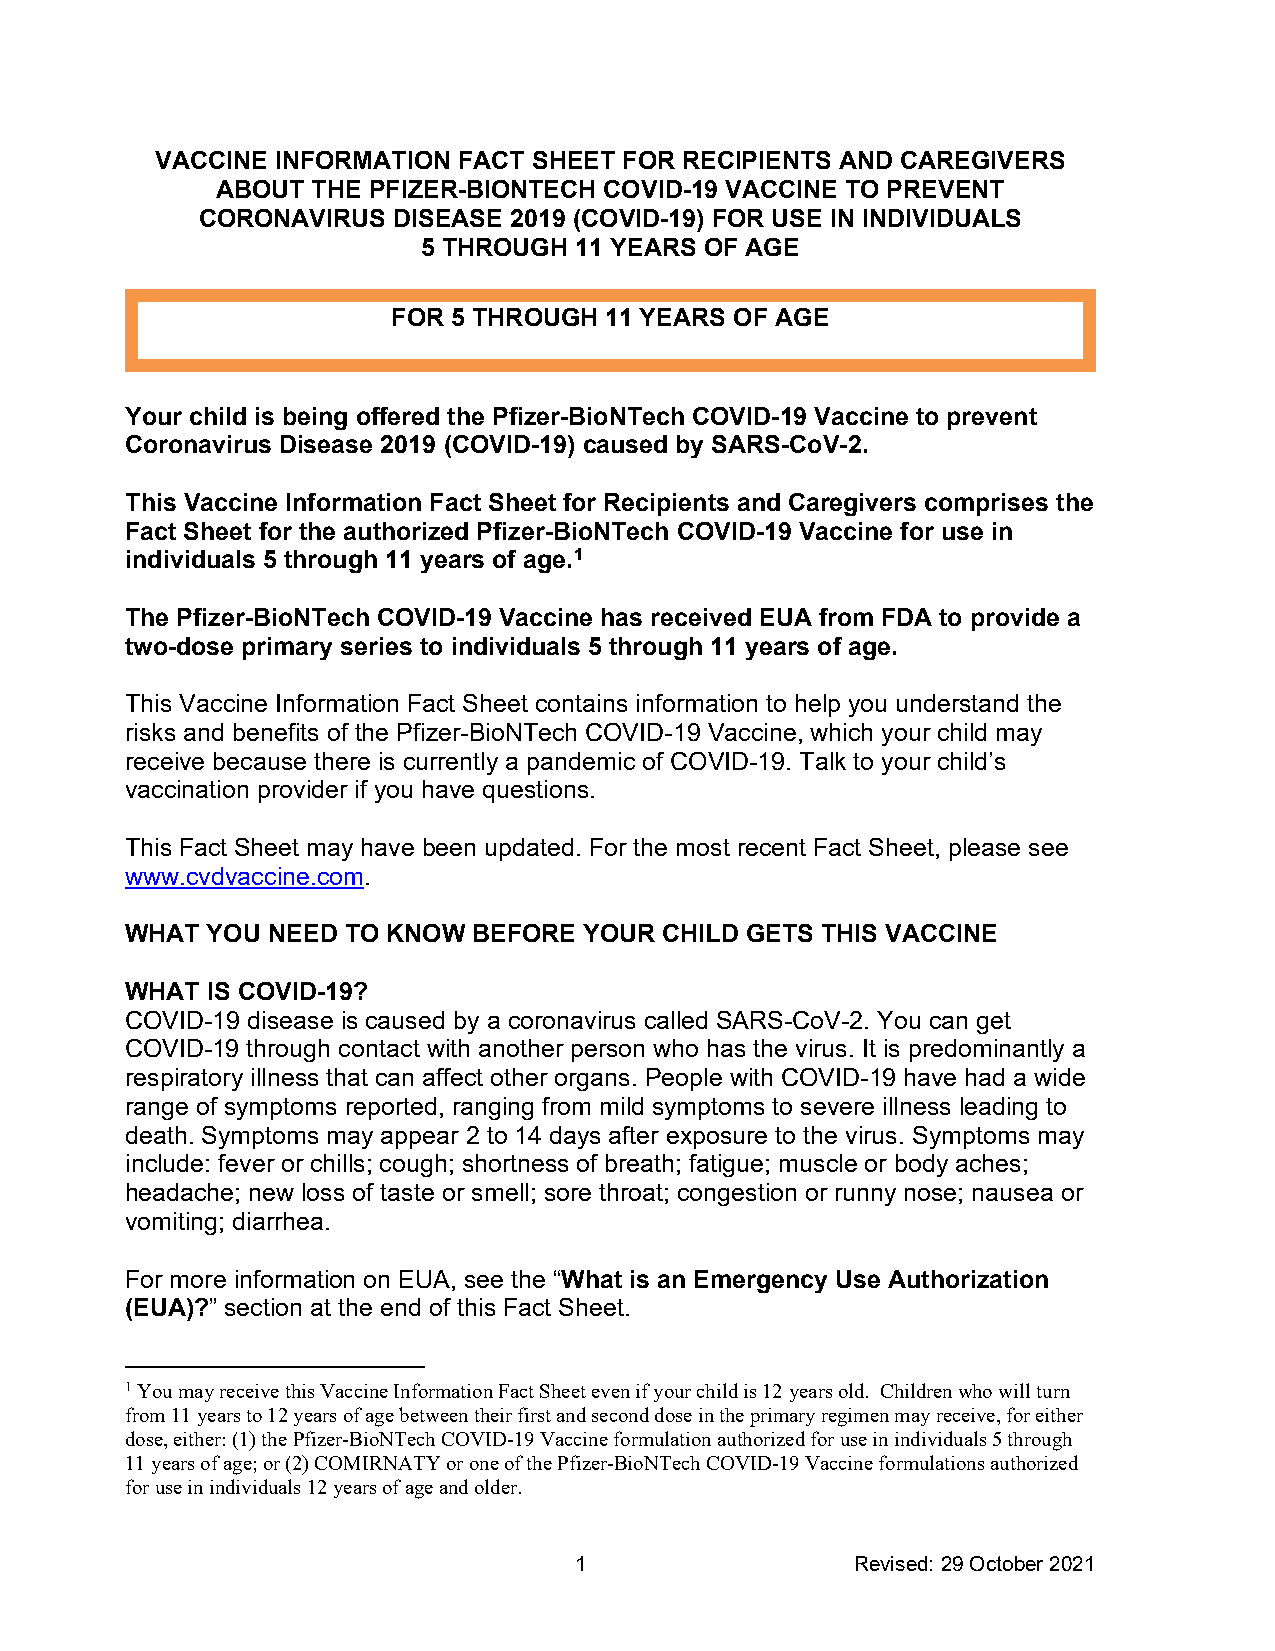
VACCINE INFORMATION FACT SHEET FOR RECIPIENTS AND CAREGIVERS
 ABOUT  THE PFIZER-BIONTECH COVID-19 VACCINE TO PREVENT
 CORONAVIRUS  DISEASE 2019 (COVID-19) FOR USE IN INDIVIDUALS
 5 THROUGH 11 YEARS OF AGE
 FOR 5 THROUGH 11 YEARS OF AGE
 Your child is being offered the Pfizer-BioNTech COVID-19 Vaccine to prevent
 Coronavirus Disease 2019 (COVID-19) caused by SARS-CoV-2.
 This Vaccine Information Fact Sheet for Recipients and Caregivers comprises the
 Fact Sheet for the authorized Pfizer-BioNTech COVID-19 Vaccine for use in
 individuals 5 through 11 years of age.1
 The Pfizer-BioNTech COVID-19 Vaccine has received EUA from FDA to provide a
 two-dose primary series to individuals 5 through 11 years of age.
 This Vaccine Information Fact Sheet contains information to help you understand the
 risks and benefits of the Pfizer-BioNTech COVID-19 Vaccine, which your child may
 receive because there is currently a pandemic of COVID-19. Talk to your child’s
 vaccination provider if you have questions.
 This Fact Sheet may have been updated. For the most recent Fact Sheet, please see
 www.cvdvaccine.com.
 WHAT  YOU NEED TO KNOW BEFORE  YOUR CHILD GETS THIS VACCINE
 WHAT  IS COVID-19?
 COVID-19 disease is caused by a coronavirus called SARS-CoV-2. You can get
 COVID-19 through contact with another person who has the virus. It is predominantly a
 respiratory illness that can affect other organs. People with COVID-19 have had a wide
 range of symptoms reported, ranging from mild symptoms to severe illness leading to
 death. Symptoms may appear 2 to 14 days after exposure to the virus. Symptoms may
 include: fever or chills; cough; shortness of breath; fatigue; muscle or body aches;
 headache; new loss of taste or smell; sore throat; congestion or runny nose; nausea or
 vomiting; diarrhea.
 For more information on EUA, see the “What is an Emergency Use Authorization
 (EUA)?” section at the end of this Fact Sheet.
 1 You may receive this Vaccine Information Fact Sheet even if your child is 12 years old. Children who will turn
 from 11 years to 12 years of age between their first and second dose in the primary regimen may receive, for either
 dose, either: (1) the Pfizer-BioNTech COVID-19 Vaccine formulation authorized for use in individuals 5 through
 11 years of age; or (2) COMIRNATY or one of the Pfizer-BioNTech COVID-19 Vaccine formulations authorized
 for use in individuals 12 years of age and older.
 1                  Revised: 29 October 2021